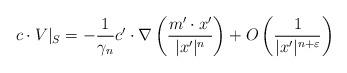
LaTeX: \begin{align*} c \cdot V|_S = -\frac{1}{\gamma_n} c^\prime \cdot \nabla \left( \frac{m^\prime \cdot x^\prime}{|x^\prime|^n} \right) + O \left(\frac{1}{|x^\prime|^{n+\varepsilon}} \right) \end{align*}